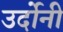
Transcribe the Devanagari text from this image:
उर्दोनी